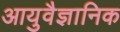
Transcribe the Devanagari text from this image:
आयुवैज्ञानिक